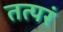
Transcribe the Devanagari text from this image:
तत्परं